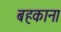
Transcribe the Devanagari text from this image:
बहकाना